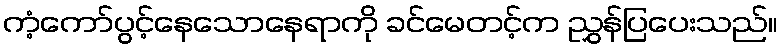
ကံ့ကော်ပွင့်နေသောနေရာကို ခင်မေတင့်က ညွှန်ပြပေးသည်။